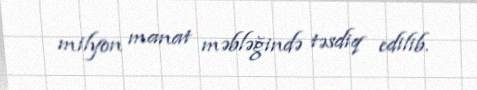
milyon manat məbləğində təsdiq edilib.